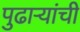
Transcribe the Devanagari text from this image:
पुढार्‍यांची